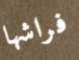
فراشها